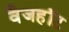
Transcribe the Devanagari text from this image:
वैजहॉट